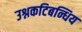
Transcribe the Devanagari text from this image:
उश्नकटिबन्धिय